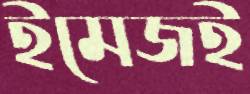
ইমেজই